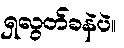
ရှလွတ်ခနဲပဲ။